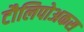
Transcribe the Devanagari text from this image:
टौलिपोअकस